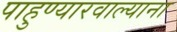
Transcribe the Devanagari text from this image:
पाहुण्यारवाल्याना